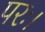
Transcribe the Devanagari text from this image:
परः।